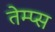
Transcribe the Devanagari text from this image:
तेम्प्स